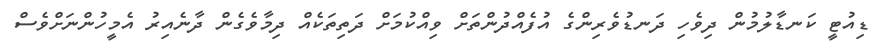
ޑިއުޓީ ކަނޑާލުމުން ދިވެހި ދަނޑުވެރިންގެ އުފެއްދުންތަށް ވިއްކުމަށް ދަތިތަކެއް ދިމާވެގެން ދާނެއިރު އެމީހުންނަށްވެސް